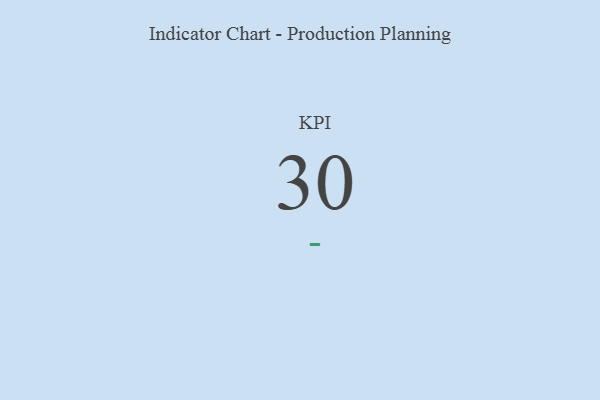
{"axis": {"x": "KPI", "y": "Value"}, "legend": [""], "data": [{"x": "KPI", "y": 30, "type": ""}]}